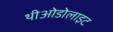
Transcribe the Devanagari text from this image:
थीओडोलाइट